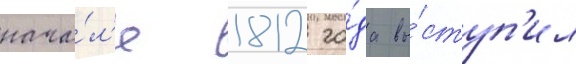
нача́л'е 1812 го́да вы́ступ'ил